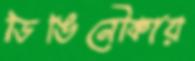
ডিঙিনৌকায়